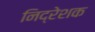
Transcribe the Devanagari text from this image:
निद्रेशक